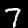
Label: 7